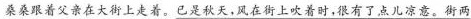
桑桑跟着父亲在大街上走着。\underline{已是秋天，风在街上吹着时，很有了点儿凉意。街两}